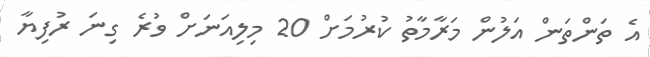
އެ ތަންތަން އަލުން މަރާމާތު ކުރުމަށް 20 މިލިއަނަށް ވުރެ ގިނަ ރުފިޔާ